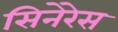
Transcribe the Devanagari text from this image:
सिनेरेस